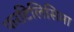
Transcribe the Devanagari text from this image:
फरटिलिसिमा